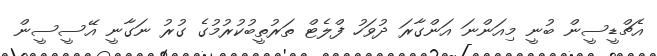
އެޗްޑީސީން ބުނީ މިއަންނަ އަންގާރަ ދުވަހު ފްލެޓް ތަރުތީބުކުރުމުގެ ގުރު ނަގާނީ އޭސީސީން